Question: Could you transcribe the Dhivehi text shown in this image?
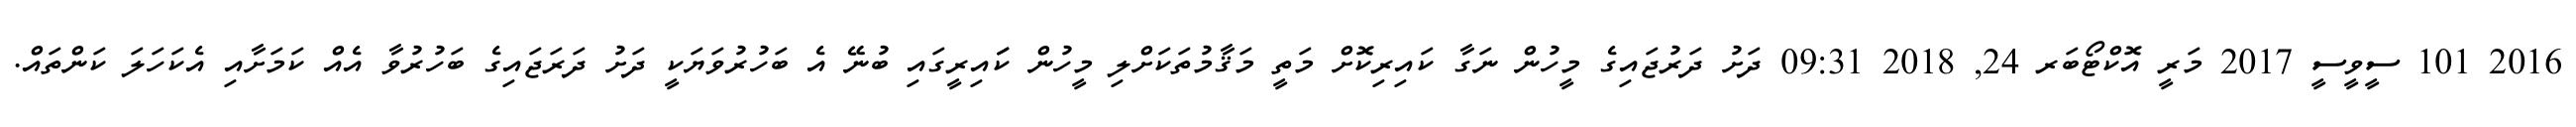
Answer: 2016 101 ސީވީސީ 2017 މަރީ އޮކްޓޯބަރ 24, 2018 09:31 ދަށު ދަރުޖައިގެ މީހުން ނަގާ ކައިރިކޮށް މަތީ މަޤާމުތަކަށްލި މީހުން ކަައިރީގައި ބުނޭ އެ ބަހުރުވަޔަކީ ދަށު ދަރަޖައިގެ ބަހުރުވާ އެއް ކަމަށާއި އެކަހަލަ ކަންތައް.